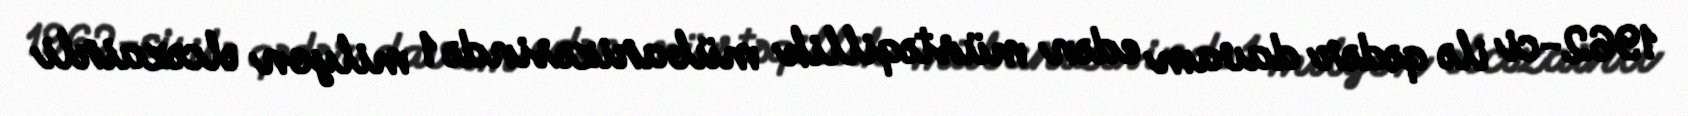
1962-ci ilə qədər davam edən müstəqillik mübarizəsində 1 milyon əlcəzairli